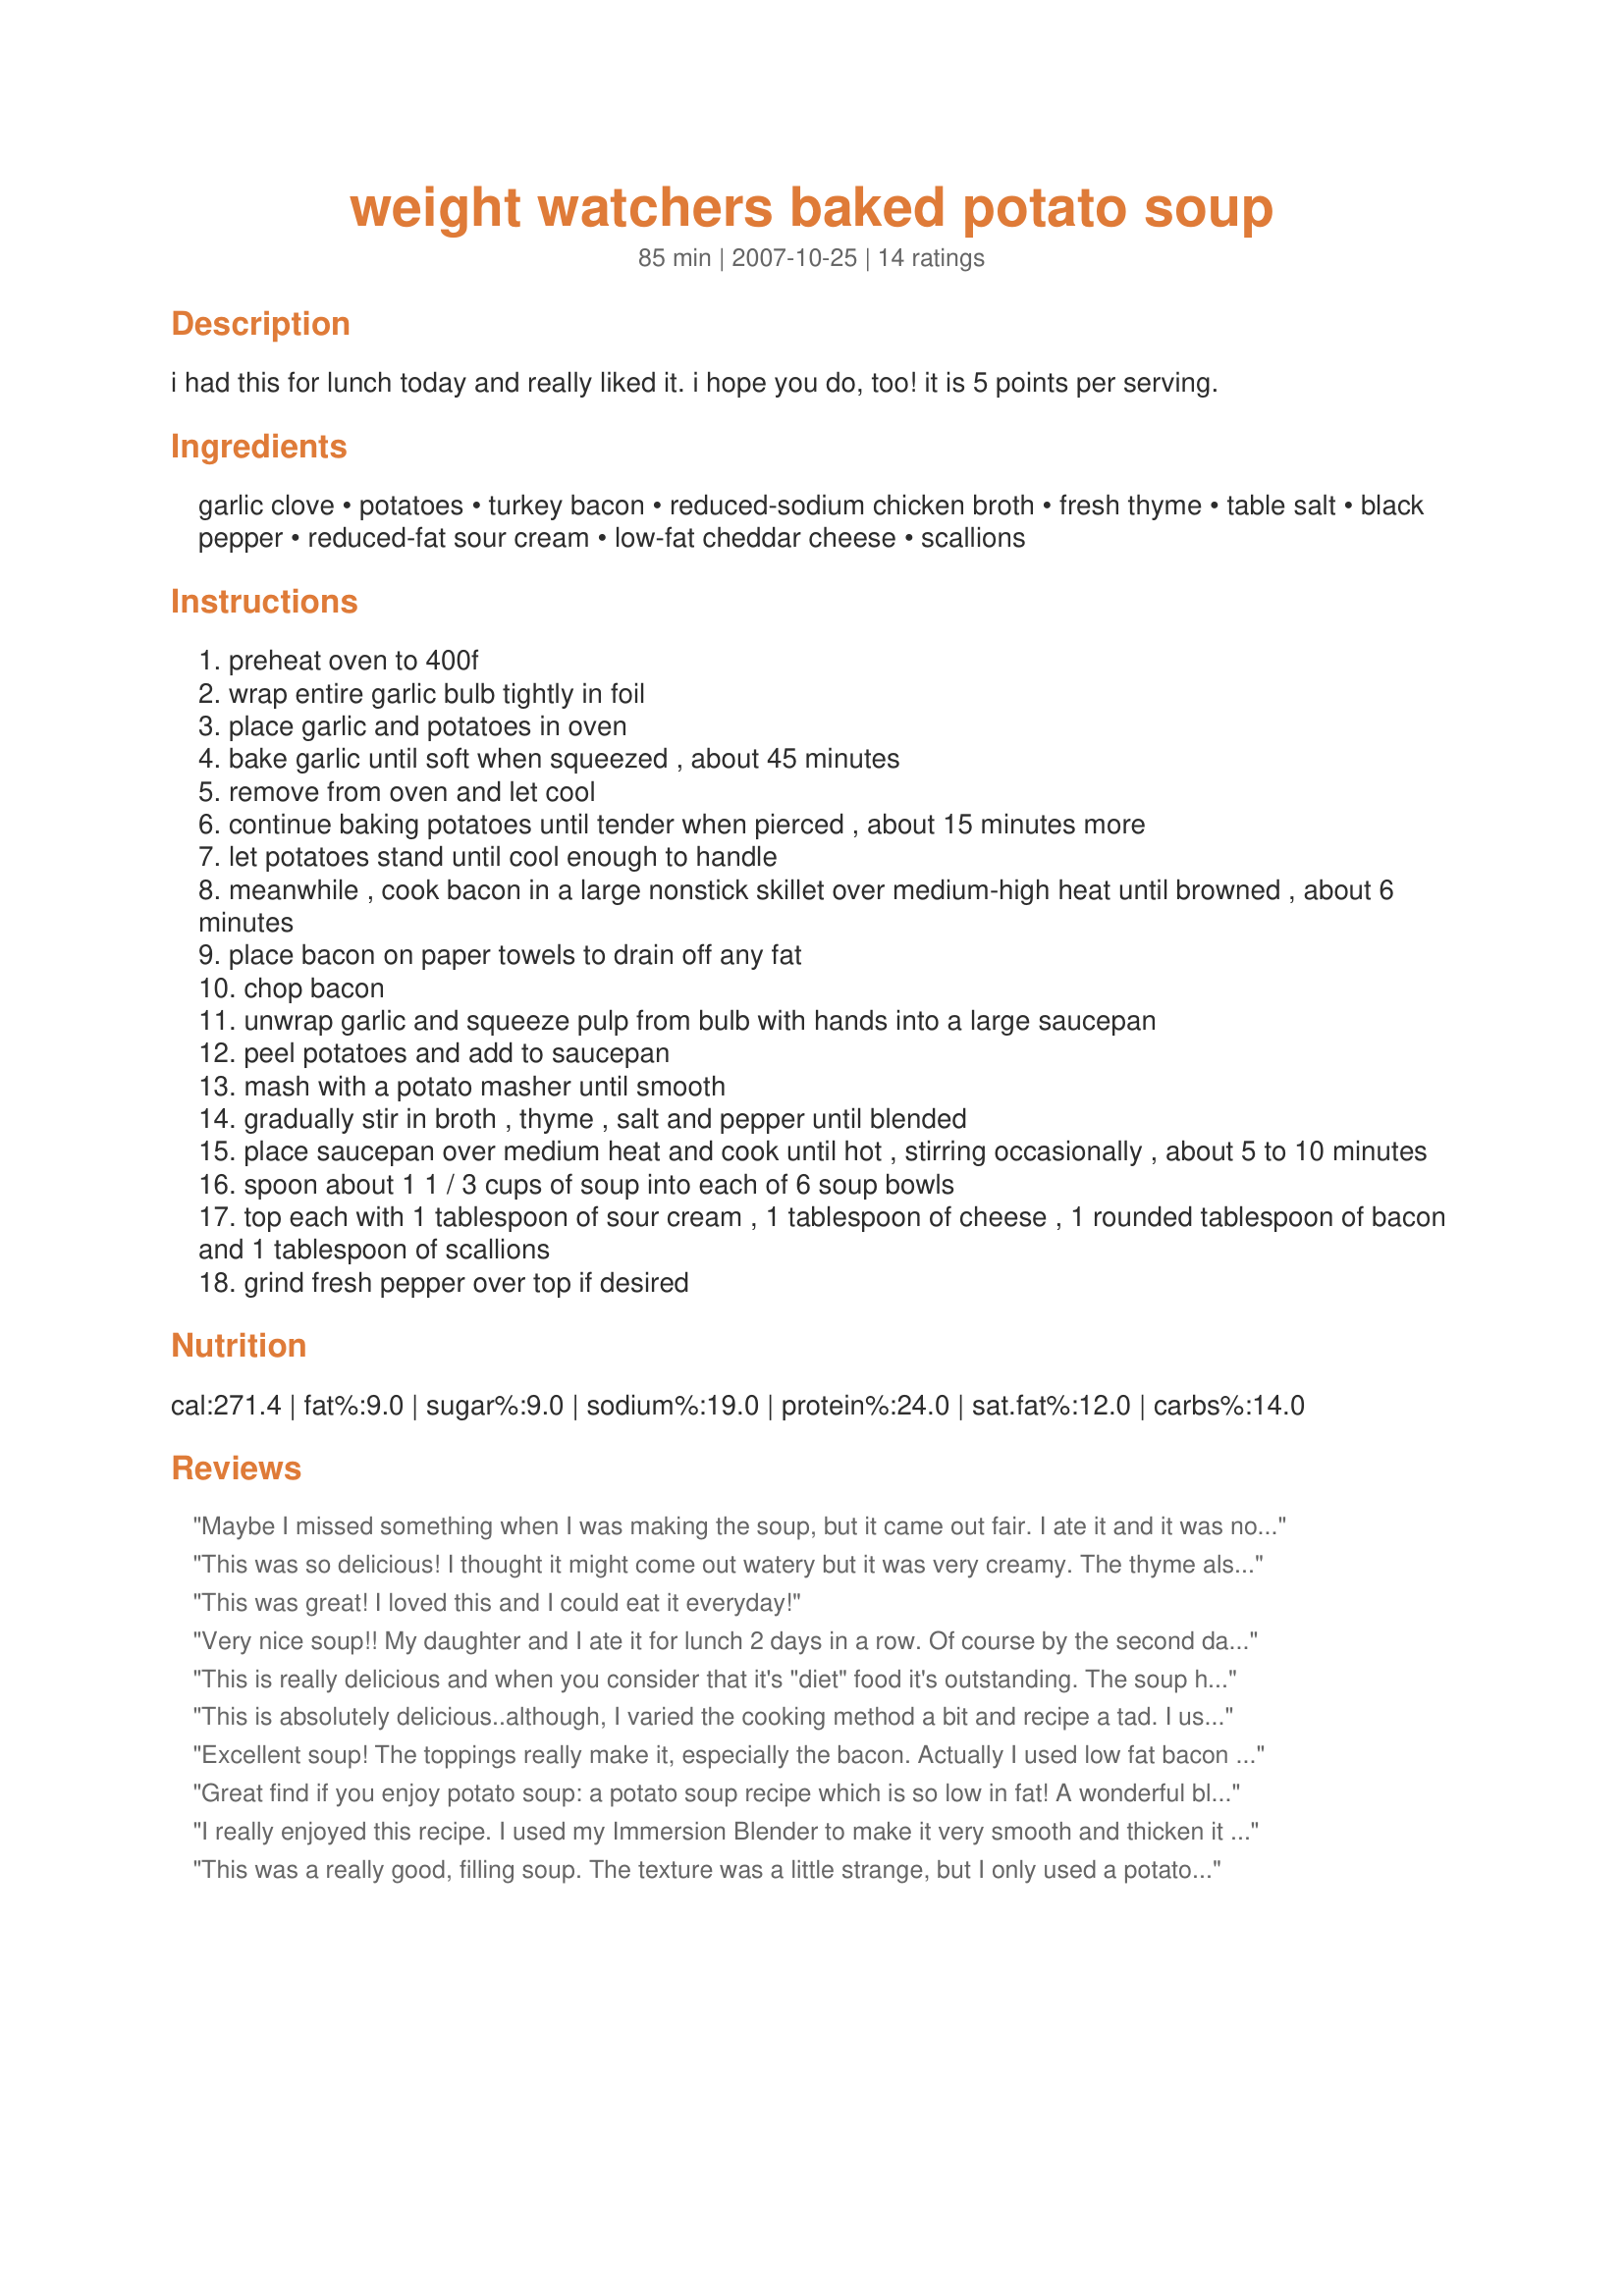
weight watchers baked potato soup
Preparation time: 85 minutes

i had this for lunch today and really liked it. i hope you do, too! it is 5 points per serving.

Ingredients:
garlic clove, potatoes, turkey bacon, reduced-sodium chicken broth, fresh thyme, table salt, black pepper, reduced-fat sour cream, low-fat cheddar cheese, scallions

Steps:
preheat oven to 400f
wrap entire garlic bulb tightly in foil
place garlic and potatoes in oven
bake garlic until soft when squeezed , about 45 minutes
remove from oven and let cool
continue baking potatoes until tender when pierced , about 15 minutes more
let potatoes stand until cool enough to handle
meanwhile , cook bacon in a large nonstick skillet over medium-high heat until browned , about 6 minutes
place bacon on paper towels to drain off any fat
chop bacon
unwrap garlic and squeeze pulp from bulb with hands into a large saucepan
peel potatoes and add to saucepan
mash with a potato masher until smooth
gradually stir in broth , thyme , salt and pepper until blended
place saucepan over medium heat and cook until hot , stirring occasionally , about 5 to 10 minutes
spoon about 1 1 / 3 cups of soup into each of 6 soup bowls
top each with 1 tablespoon of sour cream , 1 tablespoon of cheese , 1 rounded tablespoon of bacon and 1 tablespoon of scallions
grind fresh pepper over top if desired

Reviews:
Maybe I missed something when I was making the soup, but it came out fair. I ate it and it was not terrible, but if I were out to eat it would not be something I would order again.
This was so delicious! I thought it might come out watery but it was very creamy. The thyme also really stood out and gave it great flavor! Thanks Lainey, I'll be making this one again!
This was great! I loved this and I could eat it everyday!
Very nice soup!! My daughter and I ate it for lunch 2 days in a row. Of course by the second day the flavors had really blended together nicely. I also drizzled the garlic bulb with a small amount of olive oil and instead of peeling the potoatoes, just cut them in half and scooped out the potato that way. I also diced a small onion and sliced some mushrooms and sauteed them in a pan with cooking spray and added them for more flavor. Thanks for sharing!
This is really delicious and when you consider that it's "diet" food it's outstanding. The soup has a rich depth of flavor and a thick texture that is very pleasing. I didn't use the bacon as ask but sprinkled fat free veggie "Baco's" on top. The broth added all the needed salt for my taste and I had to use dried thyme and I purposely left some nice spud chunks in it. Thanks Lainey for a for a great recipe.
This is absolutely delicious..although, I varied the cooking method a bit and recipe a tad. I used turkey bacon and cut it in small pieces and cooked it along with 6 cloves of garlic in the bottom of the pan. I then, followed the recipe as written, but added 1/4 cup of fat free half and half at the end. Will definitely make this again!
Excellent soup! The toppings really make it, especially the bacon. Actually I used low fat bacon bits from Whole Foods. I also added some olive oil on the garlic while roasting it, and skipped peeling the potatoes (personal preference). Served 4 for us, an an entree by itself. Yum!
Great find if you enjoy potato soup: a potato soup recipe which is so low in fat! A wonderful blend of flavours in this soup. I made this pretty much to the recipe, except for adding 2 leeks pan-fried in the bacon fat and about a teaspoon of butter in a non-stick pan and I omitted the low-fat cheddar cheese. Just cannot stand low-fat cheese, so I always either use regular cheese or simply omit it. I also used regular (middle rashers) bacon, as I've never used turkey bacon - nor seen it for sale. This soup was certainly flavoursome enough with the reduced-fat sour cream and without the cheese! And didn't taste like a low-fat recipe. Thank you for sharing it, Lainey6605!
I really enjoyed this recipe. I used my Immersion Blender to make it very smooth and thicken it up. DB loved it too... little does he know it was diet! I used turkey bacon and added some shredded 2% milk cheddar cheese to the soup...yummy!
This was a really good, filling soup. The texture was a little strange, but I only used a potato masher. Next time I will try blending it. I loved the fresh thyme.
Awesome! My 4, 7, and 10 year old children loved this along with the hubby. I used the small potato medley from Costco. It had baby reds, baby yukons, and baby purple potatoes. Since they were small they all cooked in the same time as the garlic. Some of the baby reads needed more time but I just kept them in while I started on the others. You can cut the potatoes in half after cooking to speed up the cool down. I too had peeled garlic and did a drizzle of olive oil on it for baking. Followed the rest of the recipe and it was great. Added chives to the toppings.
This was good and very easy to make! Family enjoyed it. I might back off the thyme a bit (I used fresh and it was a bit strong). I will also follow mammafishy's suggestion about scooping out the potatoes. Peeling cooked potatoes was quite frustrating.
I loved this recipe. My husband and parents-both not on WW-enjoyed it also. Only my husband knew ahead of time it was WW. We had to make a few adjustments since we did not have any bacon, subsituted with 2 ounces low fat breakfast sausage with onions when the garlic goes in the saucepan. Did not add any cheese since the sandwiches we grilled were cheese based. The sour cream and scallions on top really made it more potato like. This took 3 large potatoes to feed 4 people plus one for my lunch today. Perfect for our first rainy day in a month.
This is great soup. I also thought it was going to be very thin but it turned out very creamy. I didn't add sour cream to the top and used fat free cheddar. Great recipe thanks for posting I am sure we will make this throughout the winter!!
